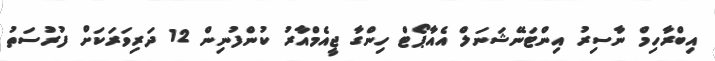
އިބްރާހިމް ނާސިރު އިންޓަނޭޝަނަލް އެއާޕޯޓް ހިންގާ ޖީއެމްއާރު ކުންފުނިން 12 ދަރިވަރަކަށް ފުރުސަތު